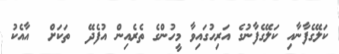
ކަލޭގެފާނާއި ކަލޭގެފާނުގެ އަރިހުގައިވާ މީހުންގެ ތެރެއިން އުފެދޭ  ތަކަށް  އާއެކު